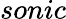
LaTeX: sonic